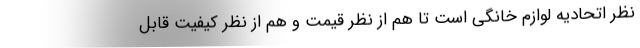
نظر اتحادیه لوازم خانگی است تا هم از نظر قیمت و هم از نظر کیفیت قابل